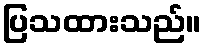
ပြသထားသည်။